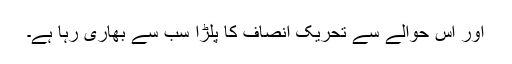
اور اس حوالے سے تحریک انصاف کا پلڑا سب سے بھاری رہا ہے۔